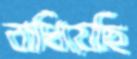
বাধিয়েছি